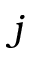
j